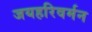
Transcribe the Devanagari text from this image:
जयहरिवर्मन